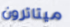
ميتاترون